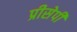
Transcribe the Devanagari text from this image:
प्रीसेपी